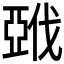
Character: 𰁚